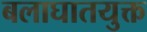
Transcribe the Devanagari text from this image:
बलाघातयुक्त